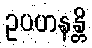
ဥပဟနန္တိ